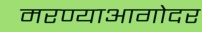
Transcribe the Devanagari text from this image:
मरण्याआगोदर